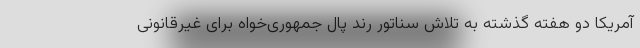
آمریکا دو هفته گذشته به تلاش سناتور رند پال جمهوری‌خواه برای غیرقانونی